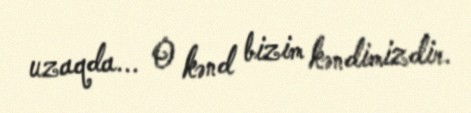
uzaqda... O kənd bizim kəndimizdir.